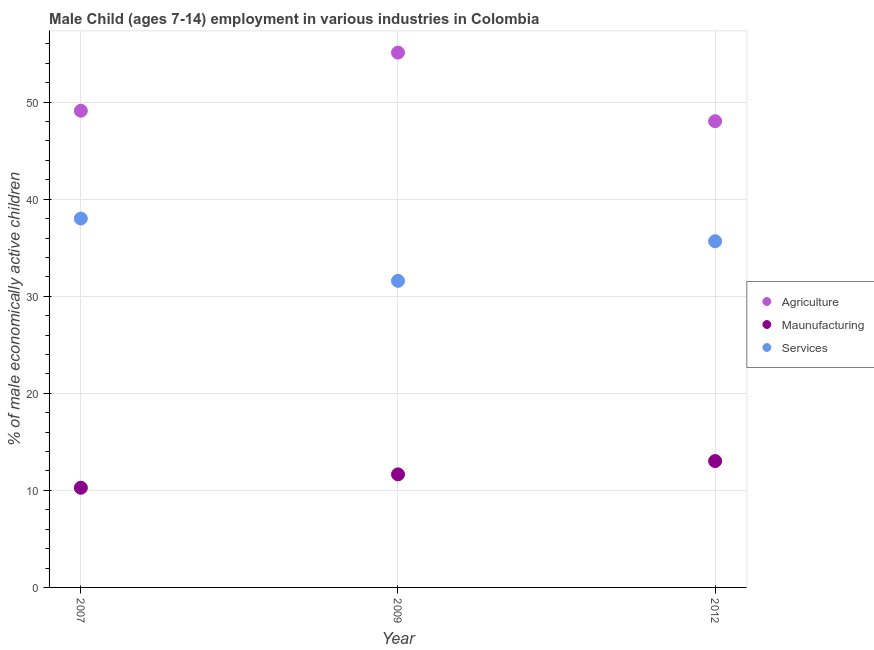
| Year | Agriculture | Maunufacturing | Services |
 | --- | --- | --- | --- |
 | 2007 | 49.1 | 10.3 | 38 |
 | 2009 | 55.1 | 11.7 | 31.6 |
 | 2012 | 48 | 13 | 35.7 |